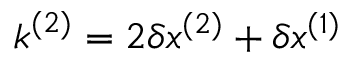
\boldsymbol { k } ^ { ( 2 ) } = 2 \delta \boldsymbol { x } ^ { ( 2 ) } + \delta \boldsymbol { x } ^ { ( 1 ) }